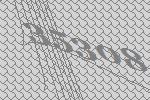
35308